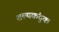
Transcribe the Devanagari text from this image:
शल्यकंदुक